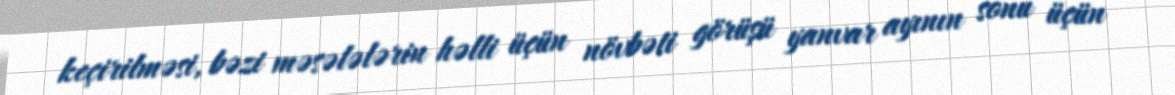
keçirilməsi, bəzi məsələlərin həlli üçün növbəti görüşü yanvar ayının sonu üçün